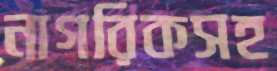
নাগরিকসহ